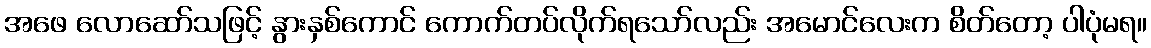
အဖေ လောဆော်သဖြင့် နွားနှစ်ကောင် ကောက်တပ်လိုက်ရသော်လည်း အမောင်လေးက စိတ်တော့ ပါပုံမရ။